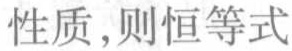
性质,则恒等式